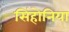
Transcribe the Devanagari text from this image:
सिंहोनिया